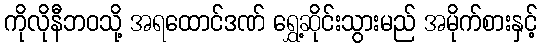
ကိုလိုနီဘဝသို့ အရထောင်ဒဏ် ရွှေ့ဆိုင်းသွားမည် အမိုက်စားနှင့်